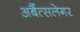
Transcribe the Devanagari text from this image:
अर्बैत्सलेगर